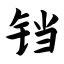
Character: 铛